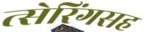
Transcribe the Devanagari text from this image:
त्सेरिंगसह